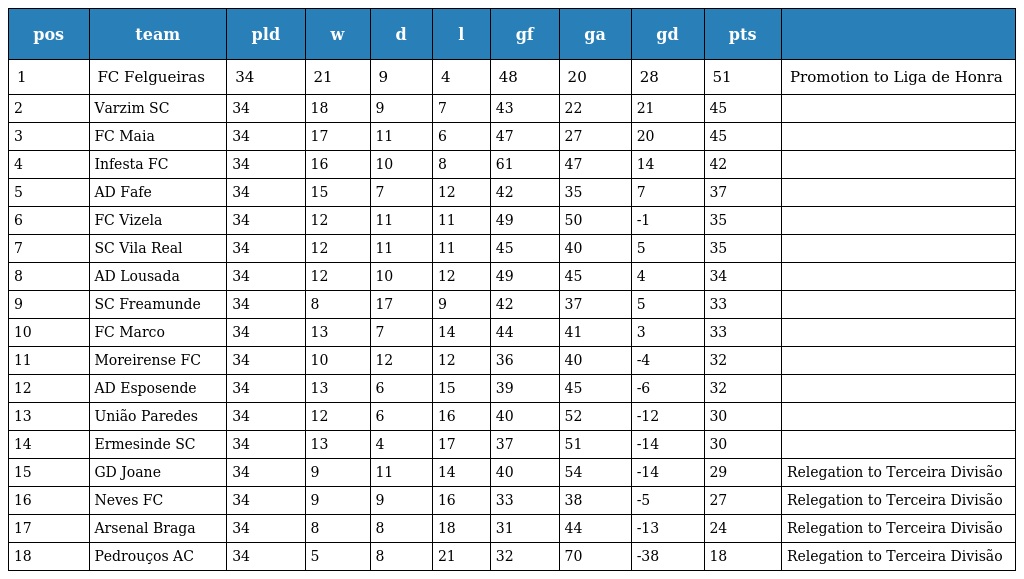
| pos | team | pld | w | d | l | gf | ga | gd | pts |  |
 | --- | --- | --- | --- | --- | --- | --- | --- | --- | --- | --- |
 | 1 | FC Felgueiras | 34 | 21 | 9 | 4 | 48 | 20 | 28 | 51 | Promotion to Liga de Honra |
 | 2 | Varzim SC | 34 | 18 | 9 | 7 | 43 | 22 | 21 | 45 |  |
 | 3 | FC Maia | 34 | 17 | 11 | 6 | 47 | 27 | 20 | 45 |  |
 | 4 | Infesta FC | 34 | 16 | 10 | 8 | 61 | 47 | 14 | 42 |  |
 | 5 | AD Fafe | 34 | 15 | 7 | 12 | 42 | 35 | 7 | 37 |  |
 | 6 | FC Vizela | 34 | 12 | 11 | 11 | 49 | 50 | -1 | 35 |  |
 | 7 | SC Vila Real | 34 | 12 | 11 | 11 | 45 | 40 | 5 | 35 |  |
 | 8 | AD Lousada | 34 | 12 | 10 | 12 | 49 | 45 | 4 | 34 |  |
 | 9 | SC Freamunde | 34 | 8 | 17 | 9 | 42 | 37 | 5 | 33 |  |
 | 10 | FC Marco | 34 | 13 | 7 | 14 | 44 | 41 | 3 | 33 |  |
 | 11 | Moreirense FC | 34 | 10 | 12 | 12 | 36 | 40 | -4 | 32 |  |
 | 12 | AD Esposende | 34 | 13 | 6 | 15 | 39 | 45 | -6 | 32 |  |
 | 13 | União Paredes | 34 | 12 | 6 | 16 | 40 | 52 | -12 | 30 |  |
 | 14 | Ermesinde SC | 34 | 13 | 4 | 17 | 37 | 51 | -14 | 30 |  |
 | 15 | GD Joane | 34 | 9 | 11 | 14 | 40 | 54 | -14 | 29 | Relegation to Terceira Divisão |
 | 16 | Neves FC | 34 | 9 | 9 | 16 | 33 | 38 | -5 | 27 | Relegation to Terceira Divisão |
 | 17 | Arsenal Braga | 34 | 8 | 8 | 18 | 31 | 44 | -13 | 24 | Relegation to Terceira Divisão |
 | 18 | Pedrouços AC | 34 | 5 | 8 | 21 | 32 | 70 | -38 | 18 | Relegation to Terceira Divisão |